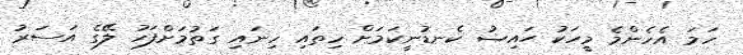
ހަމަ އެހެންމެ މީހަކު ޙައިޟު ކެނޑުނީކަމަށް ހިތައި ހިނައި ގަތުމަށްފަހު ލޭގެ އަސަރު